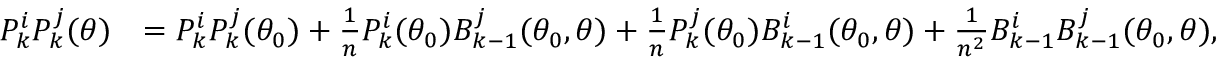
\begin{array} { r l } { P _ { k } ^ { i } P _ { k } ^ { j } ( \theta ) } & { = P _ { k } ^ { i } P _ { k } ^ { j } ( \theta _ { 0 } ) + \frac { 1 } { n } P _ { k } ^ { i } ( \theta _ { 0 } ) B _ { k - 1 } ^ { j } ( \theta _ { 0 } , \theta ) + \frac { 1 } { n } P _ { k } ^ { j } ( \theta _ { 0 } ) B _ { k - 1 } ^ { i } ( \theta _ { 0 } , \theta ) + \frac { 1 } { n ^ { 2 } } B _ { k - 1 } ^ { i } B _ { k - 1 } ^ { j } ( \theta _ { 0 } , \theta ) , } \end{array}